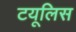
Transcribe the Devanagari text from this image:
टयूलिस